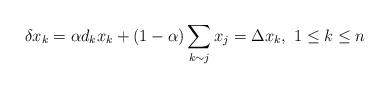
LaTeX: \begin{align*}\delta x_k &=\alpha d_k x_k+(1-\alpha)\sum_{k \sim j} x_j=\Delta x_k, \,\, 1\leq k\leq n\end{align*}